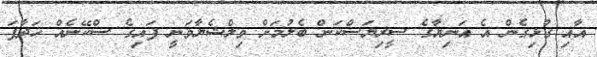
އާއި ގުޅިގެން އެ އަނިޔާގެ ސީރިޔަސްކަން ބެލުމަށް ވިލްޝެޔާވަނީ ފައިގެ ސްކޭނެއް ހަދާފަ